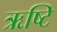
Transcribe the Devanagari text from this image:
ऋष्टि